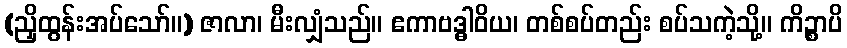
(ညှိထွန်းအပ်သော်။) ဇာလာ၊ မီးလျှံသည်။ ဧကာဗဒ္ဓါဝိယ၊ တစ်စပ်တည်း စပ်သကဲ့သို့။ ကိဉ္စာပိ